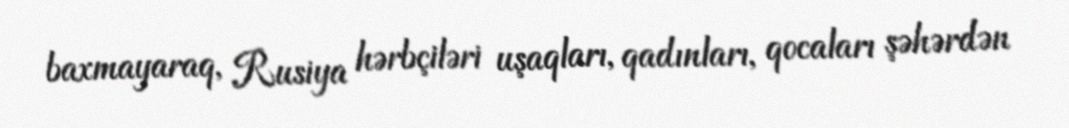
baxmayaraq, Rusiya hərbçiləri uşaqları, qadınları, qocaları şəhərdən